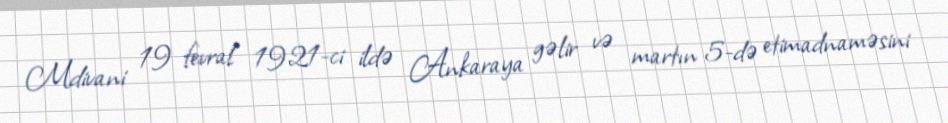
Mdivani 19 fevral 1921-ci ildə Ankaraya gəlir və martın 5-də etimadnaməsini